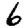
Digit: 6